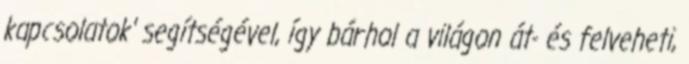
kapcsolatok' segítségével, így bárhol a világon át- és felveheti,